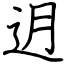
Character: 迌